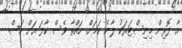
އާ ފޮރިން މިނިސްޓަރަކު ލާނެ ކަމަށް. ހައްތާ ވެސް ކާފަ އަށް މަސް.